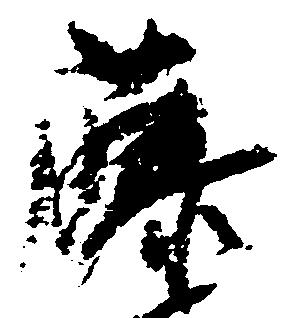
藤